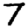
Digit: 7